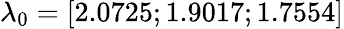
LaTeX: \lambda_{0}=[2.0725;1.9017;1.7554]